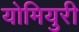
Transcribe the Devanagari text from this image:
योमियुरी